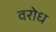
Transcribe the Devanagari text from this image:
वरोध